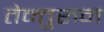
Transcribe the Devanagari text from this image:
तेन्तुरुन